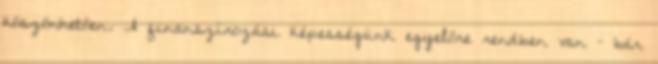
köszönhetően. A finanszírozási képességünk egyelőre rendben van – bár